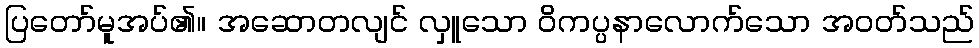
ပြတော်မူအပ်၏။ အဆောတလျင် လှူသော ဝိကပ္ပနာလောက်သော အဝတ်သည်